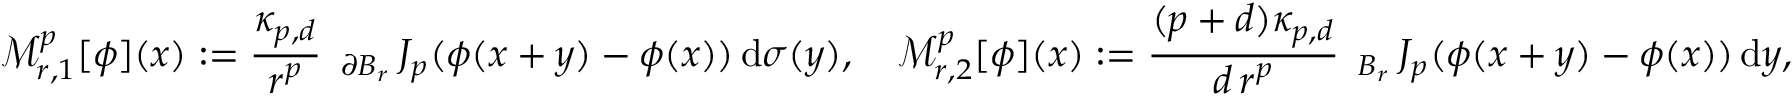
\mathcal { M } _ { r , 1 } ^ { p } [ \phi ] ( x ) : = \frac { \kappa _ { p , d } } { r ^ { p } } \fint _ { \partial B _ { r } } J _ { p } ( \phi ( x + y ) - \phi ( x ) ) \, \mathrm { d } \sigma ( y ) , \quad \mathcal { M } _ { r , 2 } ^ { p } [ \phi ] ( x ) : = \frac { ( p + d ) \kappa _ { p , d } } { d \, r ^ { p } } \fint _ { B _ { r } } J _ { p } ( \phi ( x + y ) - \phi ( x ) ) \, \mathrm { d } y ,